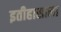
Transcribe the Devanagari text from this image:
इतीहासाला